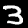
Digit: 3